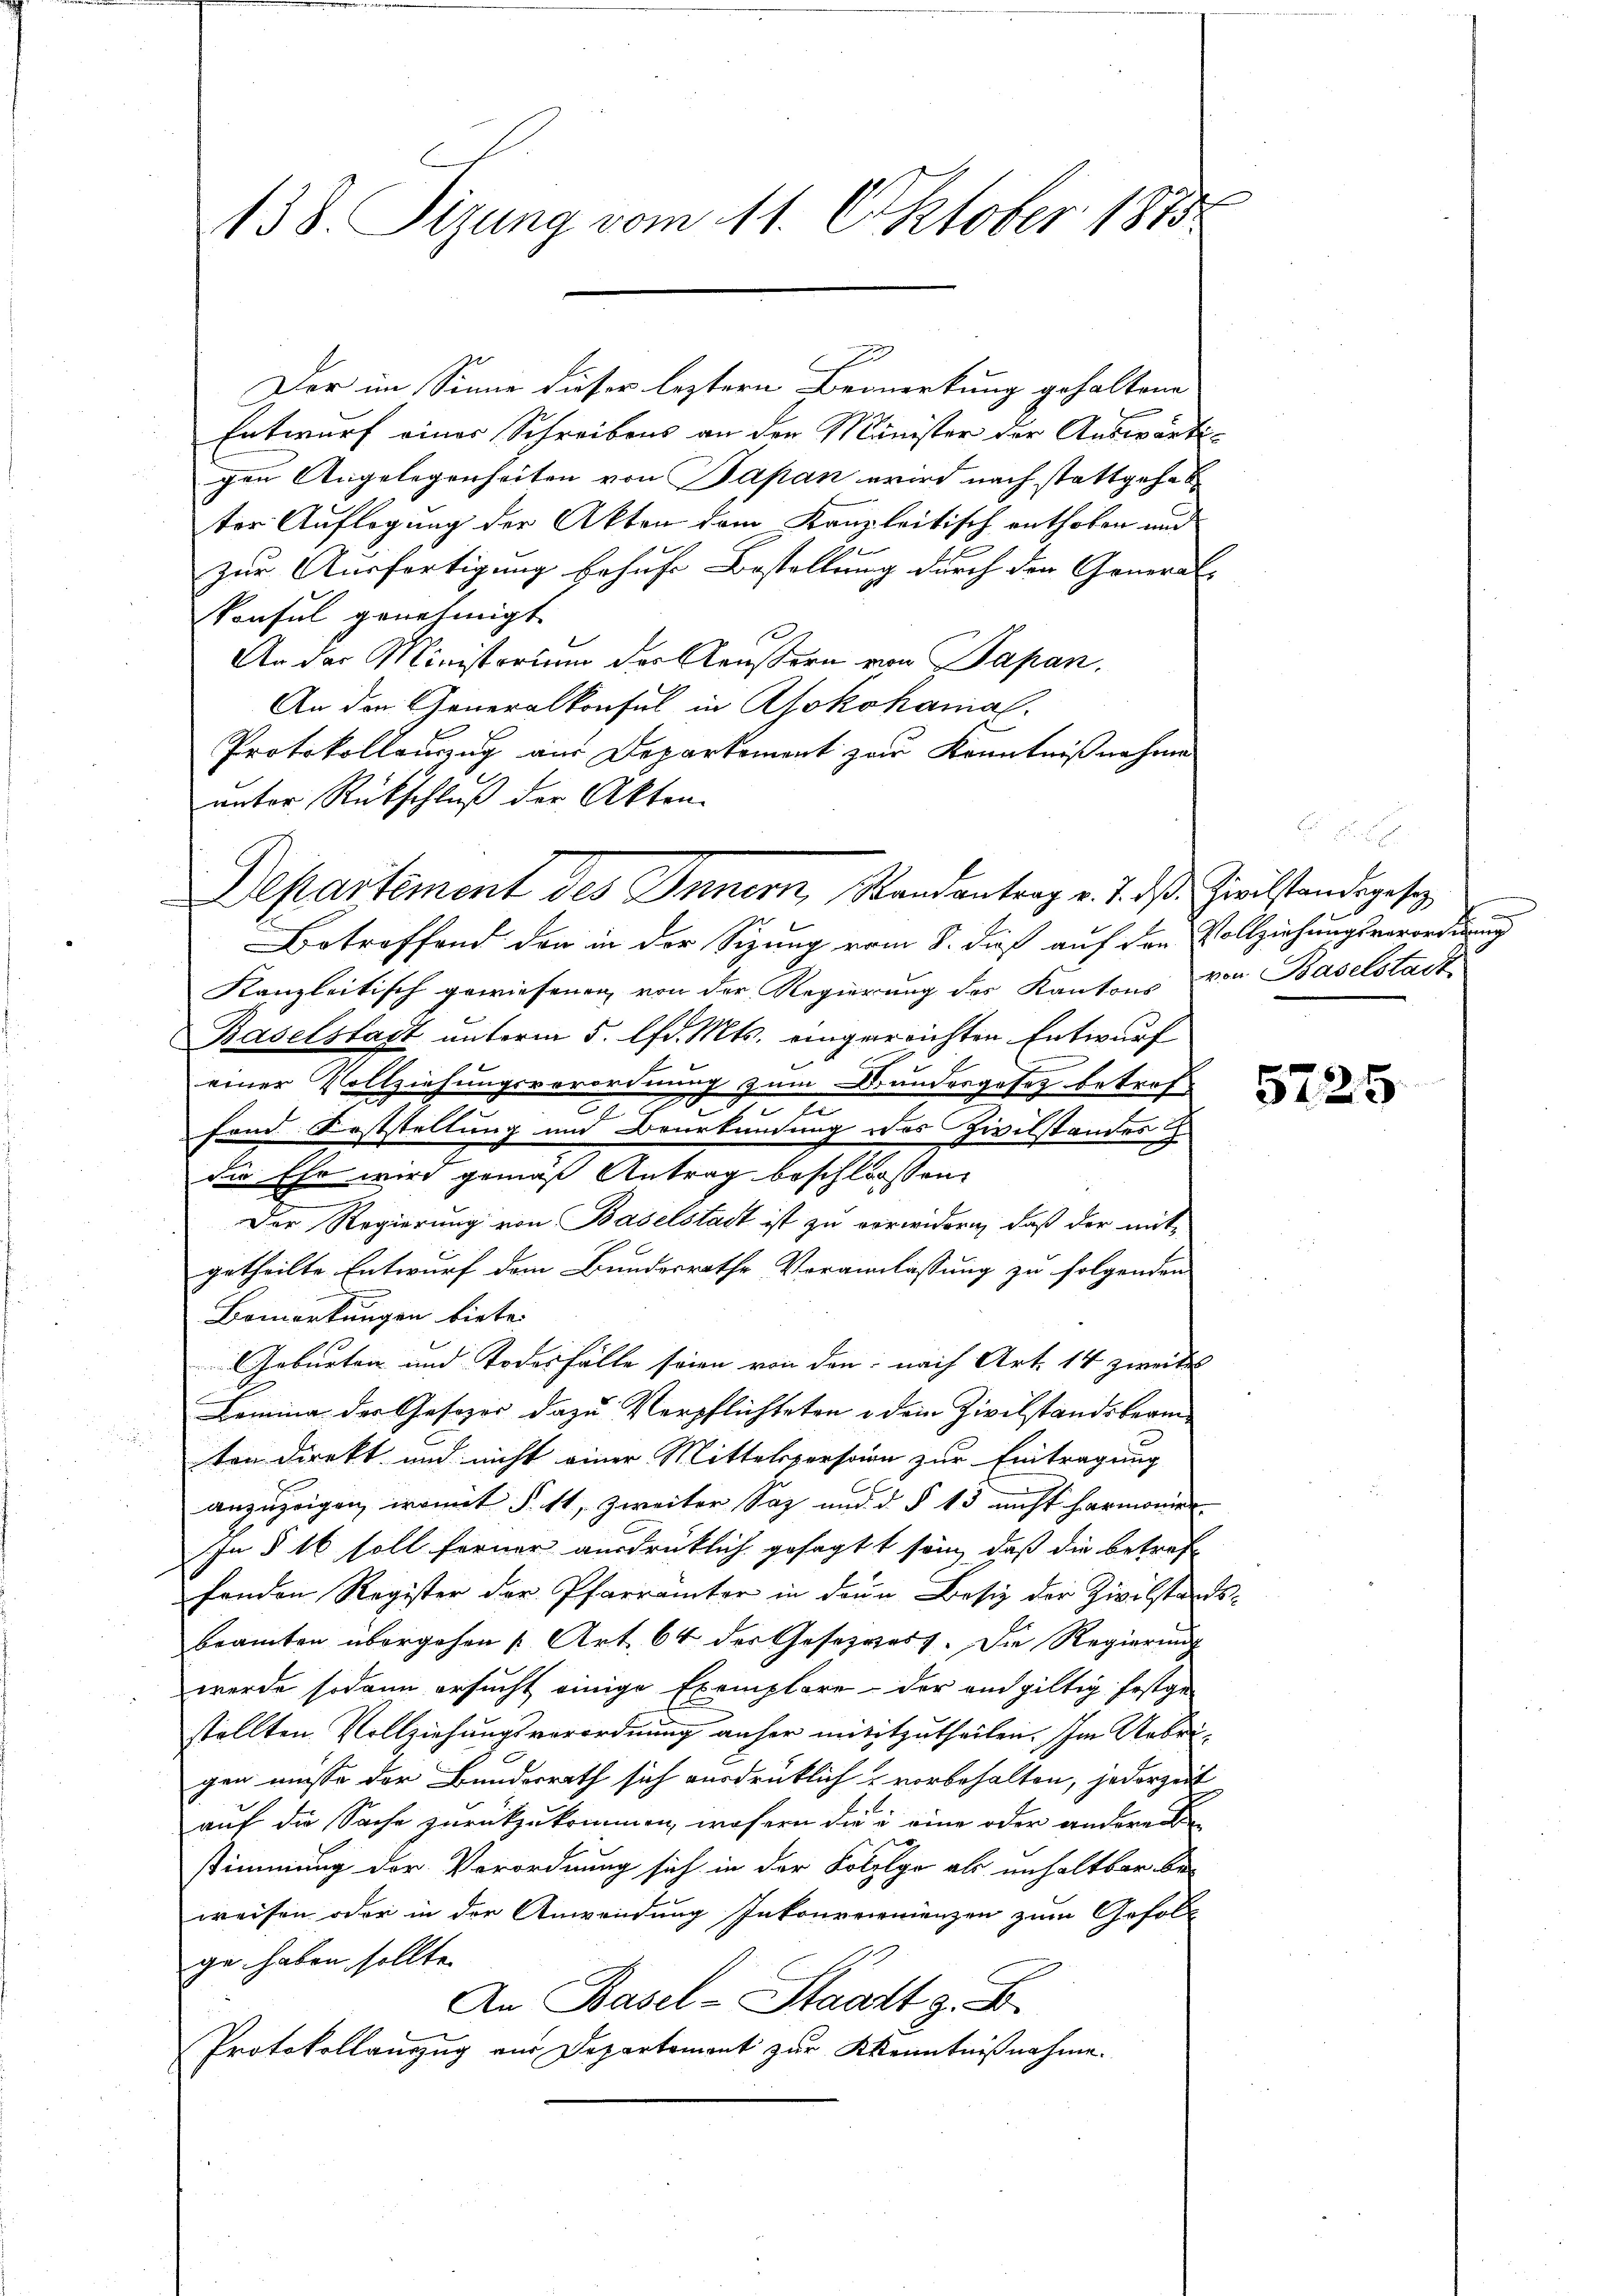
138. Sizung vom 11. Oktober 1875

Der im Sinne dieser leztern Bemerkung gehaltene
Entwurf einer Schreibens an den Minister der Auswärti-
gen Angelegenheiten von Papan wird nach stattgehab
ter Auflegung der Akten dem Kanzleitisch enthoben und
zur Ausfertigung behufe Bestellung durch den General-
Sonsul genehmigt.
An der Ministerium der Aeußern von Papan,
An den Generalkonsul in Yokohamal
Protokollenzug aus Deparkoment zur Kenntnißnahme
unter Rückschluß der Akten.
Departement des Innern, Randantrag v. 7. ds. Zivilstandsgesez
Betreffend der in der Sizung vom 8. dieß auf den Vollziehungsverordnung
Kanzleitisch gewiesenen von der Regierung des Kantons von Baselstadt
Baselstadt unterm 5. lfd. Mts. eingereichten Entwurf
einer Vollziehungsverordnung zum Drundergeses betrof
I
A
fond. Feststellung und Beurkundung des Zivilstandes H.
3
die Ehr wird gemäß Antrag beschlossen,
Der Regierung von Baselstadt ist zu verwidern, daß der mit-
getheilte Entwurf dem Bundesrathe Veranlassung zu folgenden
Bemerkungen biete.
Geburten und Todesfälle seien von den nach Art. 14 zweites
Lomina der Gesetzer dazu Verpflichteten in dem Zivilstandsbeamten direkt und nicht einer Mittelspersonen zur Eintragung
anzuzeigen, womit § 11, zweiter Saz und d. § 13 nicht harmonier
In § 16 soll ferner ausdrücklich gesagt sein, daß die betref
fenden Register der Pfarrämter in denn Besiz der Zivilstands-
beamten übergehen [Art. 64 der Gesezwert. Die Regierungs
werde sodann ersucht einige Exemplare der an giltig festge-
stellten Vollziehungsverordnung anher mititzutheilen. Im Uebrigen müsse der Bundesrath sich ausdrücklich u vorbehalten, jederzeit
auf die Sache zurückzukommen, wohern die in eine oder andere
stimmung der Verordnung sich in der Kollgo als unhaltbar be-
weisen oder in der Anwendung Inkonvenienzen zum Gefold
ge haben sollte.
An Basel-Staart z. B.
Protokollauszug aus Departement zur Kenntnißnahme.

5725